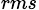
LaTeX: _{rms}